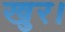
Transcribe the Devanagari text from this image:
खुर।